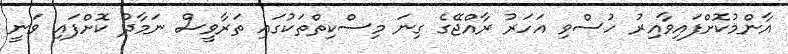
އާންމުކޮށްފައިވާއިރު ހުސްވި އަހަރު ރާއްޖޭގެ ގިނަ މިސްކިތްތަކުގައި ތަރާވީސް ނަމާދު ކޮށްފައި ވަނީ